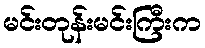
မင်းတုန်းမင်းကြီးက